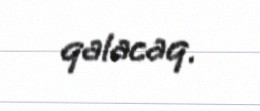
qalacaq.